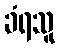
ခံရသူ